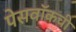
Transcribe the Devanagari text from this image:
पेसवॉकची